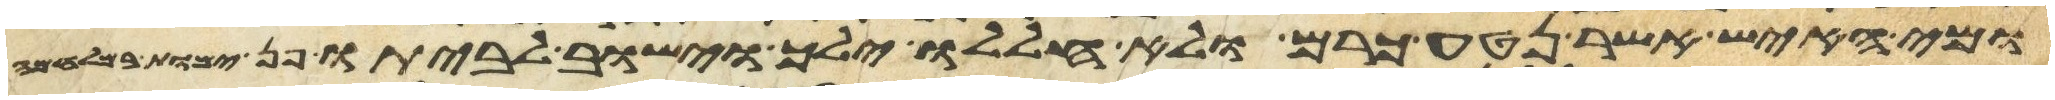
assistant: ומי האיש אשר נטע כרם ולא חללו ילך וישוב לביתו פן ימות במלחמה